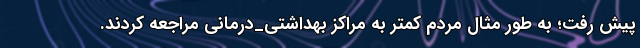
پیش‌ رفت؛ به طور مثال مردم کمتر به مراکز بهداشتی_درمانی مراجعه کردند.